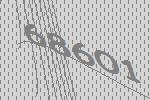
68601